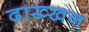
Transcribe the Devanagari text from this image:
दाख्खन